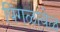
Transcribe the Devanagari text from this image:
पिंगळावेळ